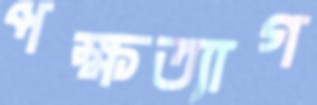
পক্ষত্যাগ